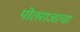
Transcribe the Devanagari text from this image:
पोतराजाचा